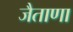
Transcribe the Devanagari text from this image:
जैताणा